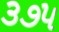
૩૭૫